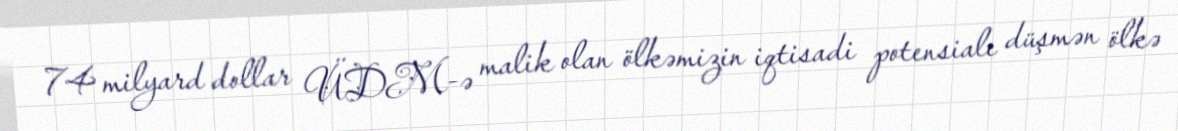
74 milyard dollar ÜDM-ə malik olan ölkəmizin iqtisadi potensialı düşmən ölkə